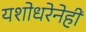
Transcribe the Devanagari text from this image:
यशोधरेनेही